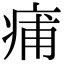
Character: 痡